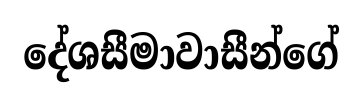
දේශසීමාවාසීන්ගේ